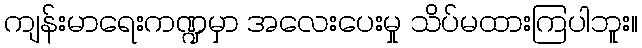
ကျန်းမာရေးကဏ္ဍမှာ အလေးပေးမှု သိပ်မထားကြပါဘူး။